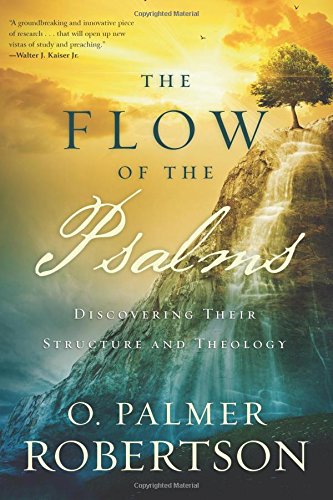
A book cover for The Flow of the Psalms: Discovering Their Structure and Theology; O. Palmer Robertson; Christian Books & Bibles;